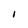
Character: I